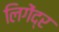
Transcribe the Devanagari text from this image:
लिगेंद्र